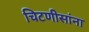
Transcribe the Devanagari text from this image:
चिटणीसांना